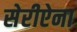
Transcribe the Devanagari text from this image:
सेरीऐना